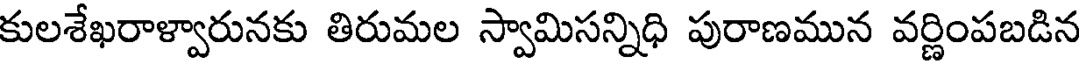
కులశేఖరాళ్వారునకు తిరుమల స్వామిసన్నిధి పురాణమున వర్ణింపబడిన